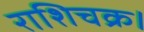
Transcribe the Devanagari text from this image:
राशिचक्र।